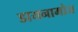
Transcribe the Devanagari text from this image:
डायनामोज